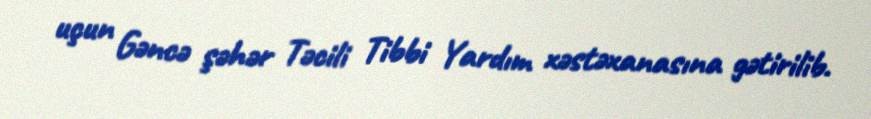
uçun Gəncə şəhər Təcili Tibbi Yardım xəstəxanasına gətirilib.